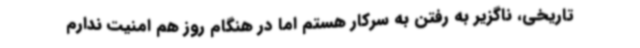
تاریخی، ناگزیر به رفتن به سرکار هستم اما در هنگام روز هم امنیت ندارم